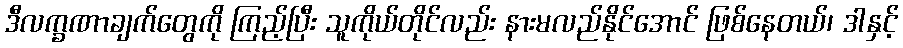
ဒီလက္ခဏာချက်တွေကို ကြည့်ပြီး သူကိုယ်တိုင်လည်း နားမလည်နိုင်အောင် ဖြစ်နေတယ်၊ ဒါနှင့်